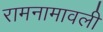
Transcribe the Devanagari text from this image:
रामनामावली